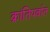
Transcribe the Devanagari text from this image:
क्रांतिपर्वात